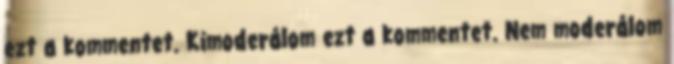
ezt a kommentet. Kimoderálom ezt a kommentet. Nem moderálom